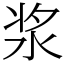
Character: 浆